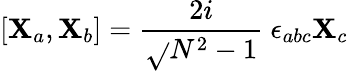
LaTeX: [\mathbf{X}_{a},\mathbf{X}_{b}]=\frac{{2i}}{{\sqrt{}{{N^{2}-1}}}}\ \epsilon_{abc}\mathbf{X}_{c}